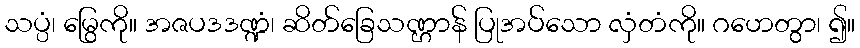
သပ္ပံ၊ မြွေကို။ အဇပဒဒဏ္ဍံ၊ ဆိတ်ခြေသဏ္ဌာန် ပြုအပ်သော လှံတံကို။ ဂဟေတွာ၊ ၍။